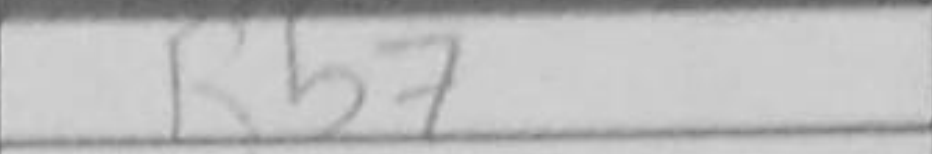
Transcription: Rb7